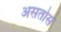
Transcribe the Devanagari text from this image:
असतोस